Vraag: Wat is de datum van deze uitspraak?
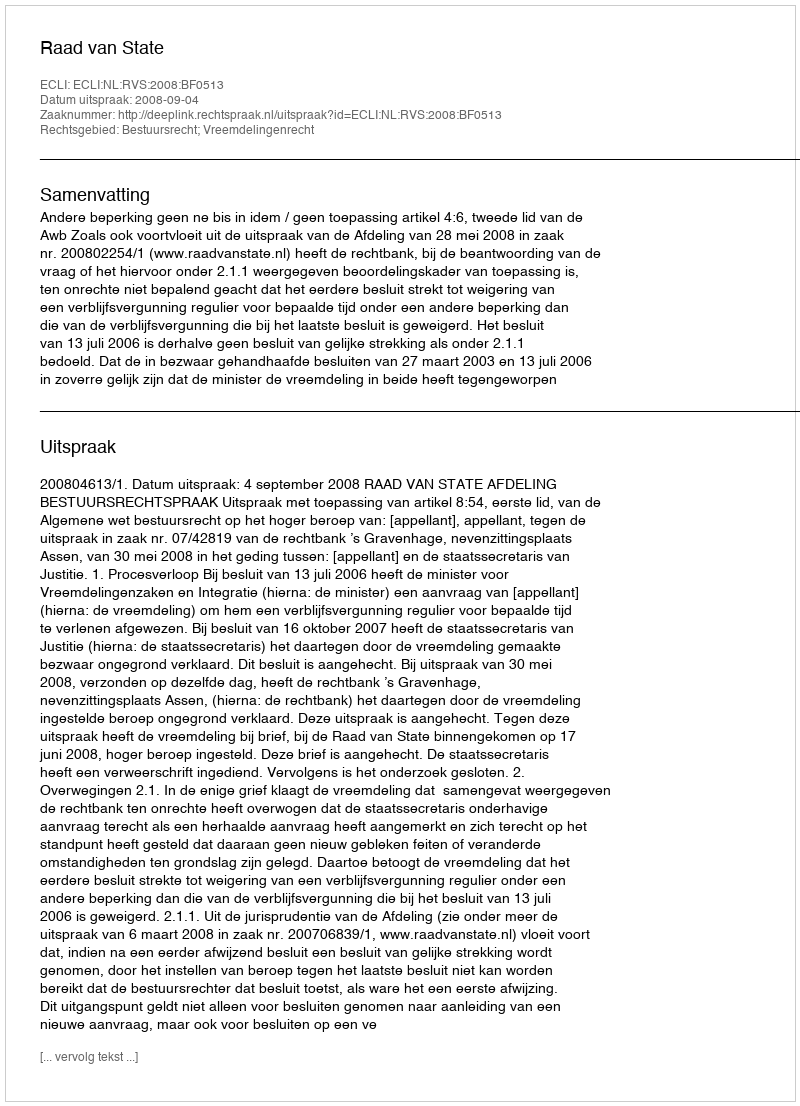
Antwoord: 2008-09-04